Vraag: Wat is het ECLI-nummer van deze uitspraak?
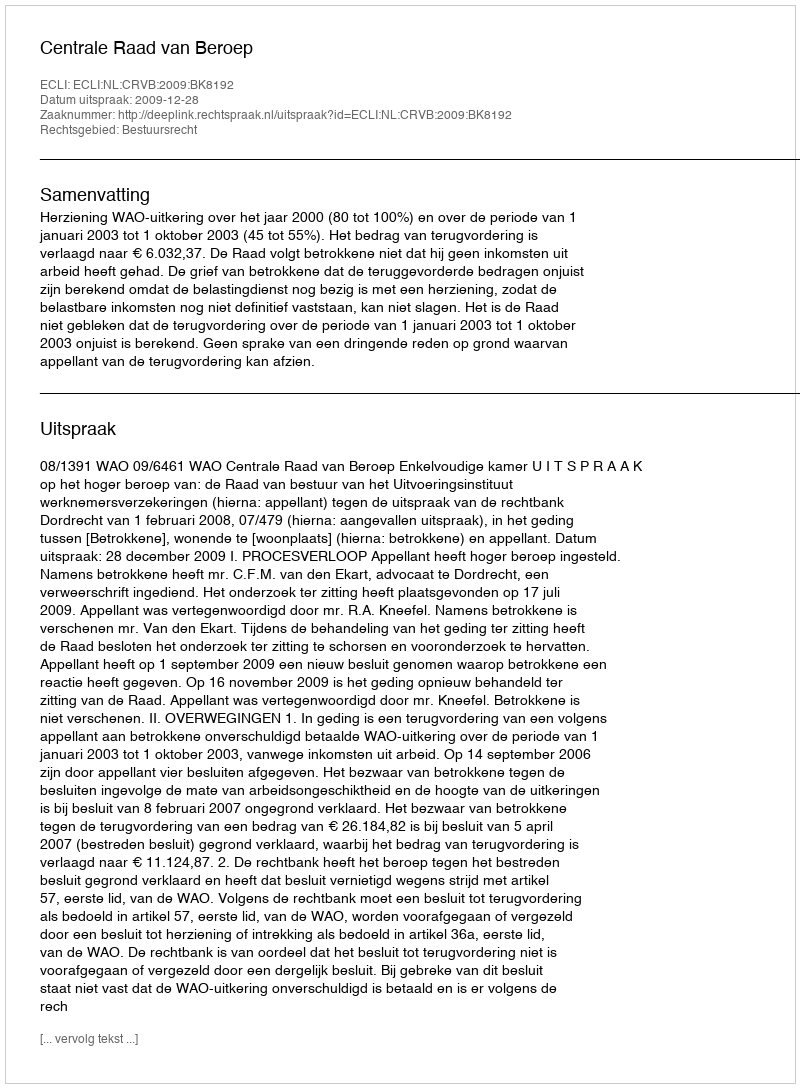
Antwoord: ECLI:NL:CRVB:2009:BK8192